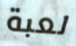
لعبة